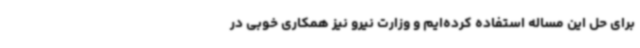
برای حل این مساله استفاده کرده‌ایم و وزارت نیرو نیز همکاری خوبی در